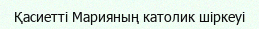
Қасиетті Марияның католик шіркеуі